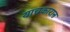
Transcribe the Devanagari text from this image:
याचकारान